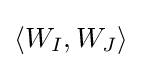
\langle W_{I},W_{J}\rangle